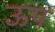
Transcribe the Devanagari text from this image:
ऊप